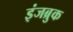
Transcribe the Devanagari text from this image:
इंजब्रुक